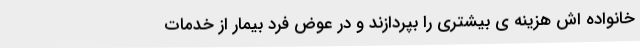
خانواده اش هزینه ی بیشتری را بپردازند و در عوض فرد بیمار از خدمات